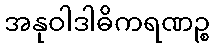
အနုဝါဒါဓိကရဏဉ္စ